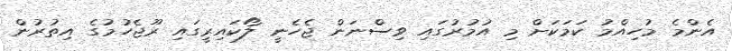
އެންމެ މުހިއްމު ކަމަކަށް މި އުމުރުގައި ވިސްނަން ޖެހެނީ ލޯކައިރީގައި ރޫޖެހުމުގެ އިތުރުން